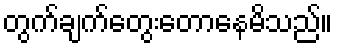
တွက်ချက်တွေးတောနေမိသည်။